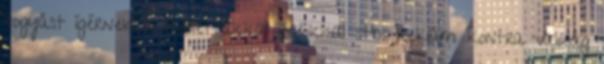
fogyást ígérnek a tablettákkal italokkal stb. Reklám kontra valóság